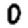
Digit: 0